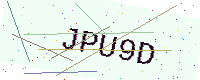
Text: JPU9D